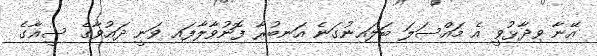
އޭނާ ވިދާޅުވީ އެ މައްސަލަ ބަލައިނުގަނެ އަނބުރާ ފޮނުވާލާފައި ވަނީ ދައުވާގެ ސީޣާގެ